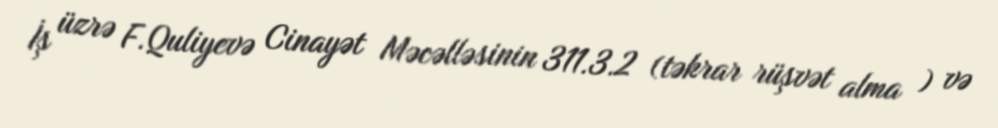
İş üzrə F.Quliyevə Cinayət Məcəlləsinin 311.3.2 (təkrar rüşvət alma ) və